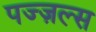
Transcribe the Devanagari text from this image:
पज्ज़ल्स